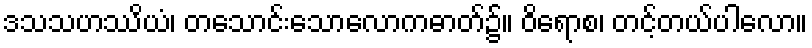
ဒသသဟဿိယံ၊ တသောင်းသောလောကဓာတ်၌။ ဝိရောစ၊ တင့်တယ်ပါလော။